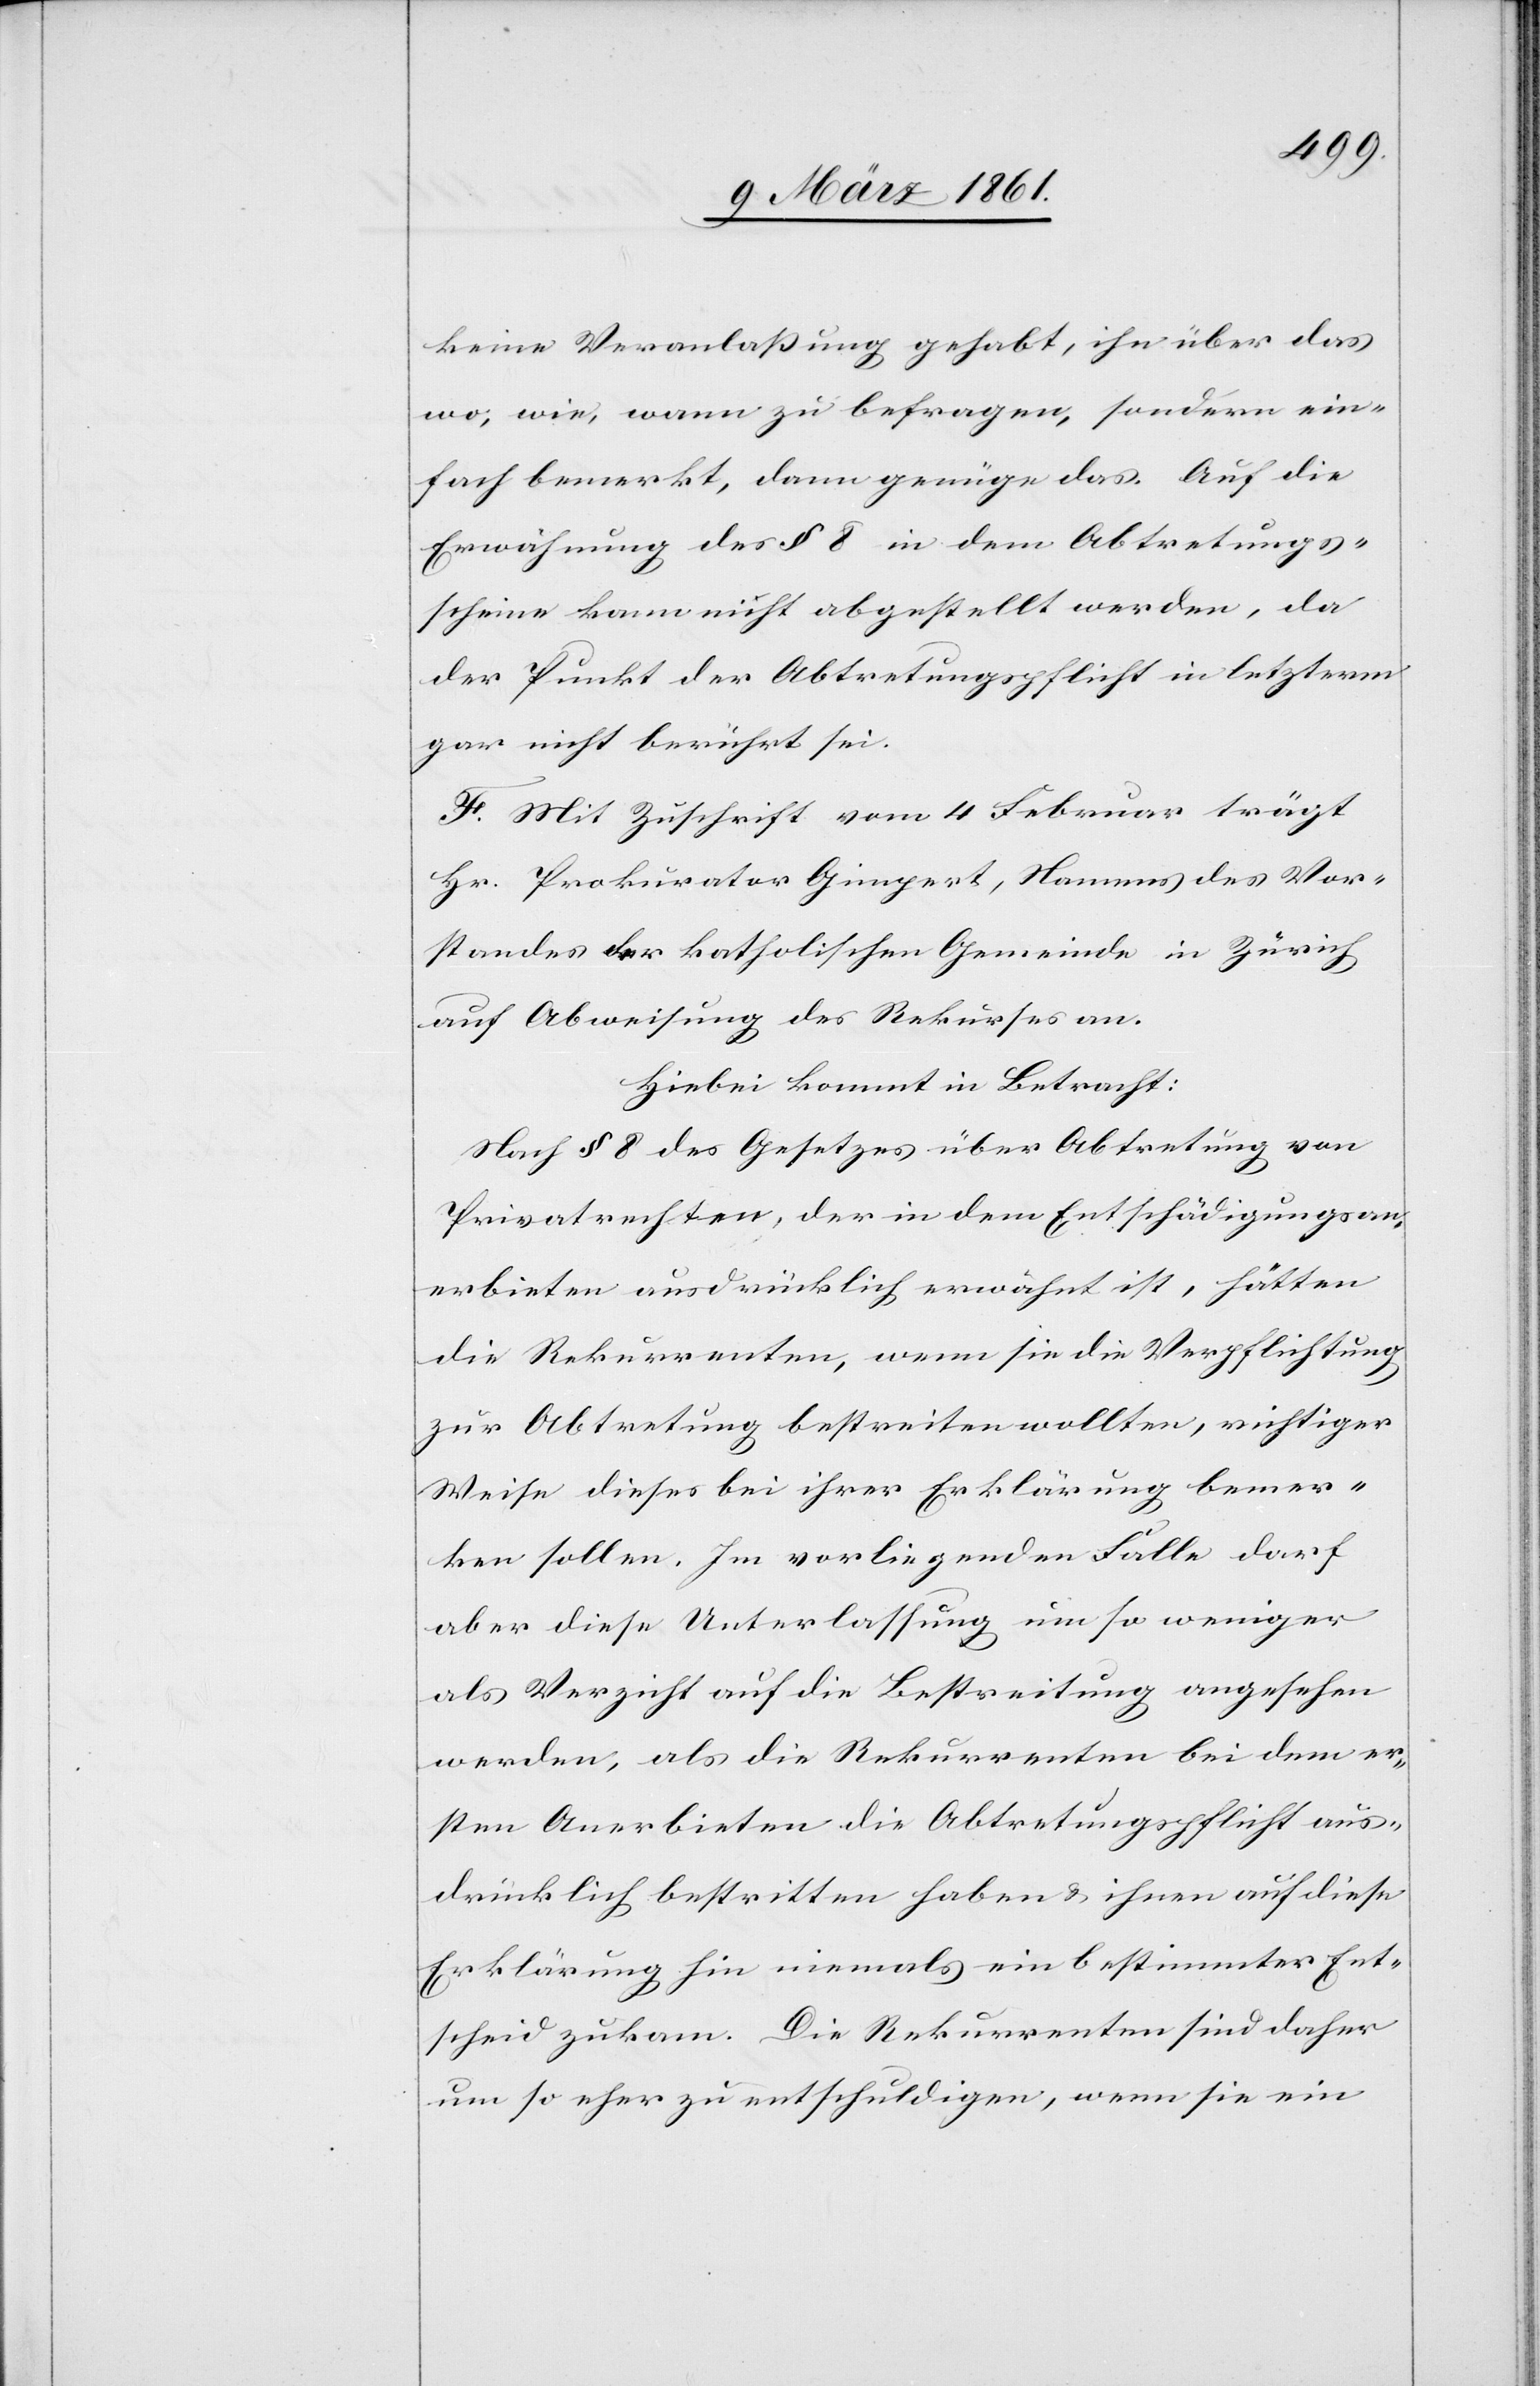
keine Veranlassung gehabt, ihn über das
wo, wie, wann zu befragen, sondern ein¬
fach bemerkt, dann genüge das. Auf die
Erwähnung des § 8 in dem Abtretungs¬
scheine kann nicht abgestellt werden, da
der Punkt der Abtretungspflicht in letzterm
gar nicht berührt sei.
F. Mit Zuschrift vom 4. Februar trägt
Hr. Prokurator Gimpert, Namens des Vor¬
standes der katholischen Gemeinde in Zürich
auf Abweisung des Rekurses an.
Hiebei kommt in Betracht:
Nach § 8 des Gesetzes über Abtretung von
Privatrechten, der in dem Entschädigungsan¬
erbieten ausdrücklich erwähnt ist, hätten
die Rekurrenten, wenn sie die Verpflichtung
zur Abtretung bestreiten wollten, richtiger
Weise dieses bei ihrer Erklärung bemer¬
ken sollen. Im vorliegenden Falle darf
aber diese Unterlassung um so weniger
als Verzicht auf die Bestreitung angesehen
werden, als die Rekurrenten bei dem er¬
sten Anerbieten die Abtretungspflicht aus¬
drücklich bestritten haben u. ihnen auf diese
Erklärung hin niemals ein bestimmter Ent¬
scheid zukam. Die Rekurrenten sind daher
um so eher zu entschuldigen, wenn sie ein